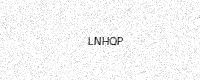
Text: LNHQP